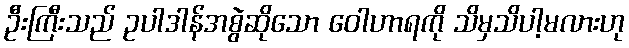
ဦးကြီးသည် ဥပါဒါန်အစွဲဆိုသော ဝေါဟာရကို သိမှသိပါ့မလားဟု